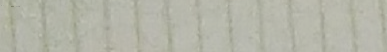
تكييفات المستقبل: حلول تك